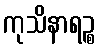
ကုသိနာရဉ္စ